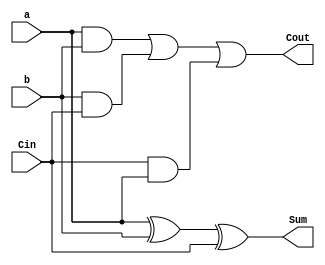
`timescale 1ns / 1ps
//////////////////////////////////////////////////////////////////////////////////
// Company: 
// Engineer: 
// 
// Design Name: 
// Module Name: fulladder
// Project Name: 
// Target Devices: 
// Tool Versions: 
// Description: 
// 
// Dependencies: 
// 
// Revision:
// Revision 0.01 - File Created
// Additional Comments:
// 
//////////////////////////////////////////////////////////////////////////////////


module fulladder(
    input a,
    input b,
    input Cin,
    output Sum,
    output Cout
    );
    assign Sum=a^b^Cin;
    assign Cout=(a&b)|(b&Cin)|(Cin&a);
endmodule